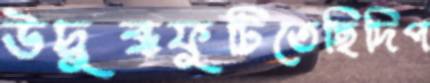
উদ্বুব্ধফুটিতেছিদিপ